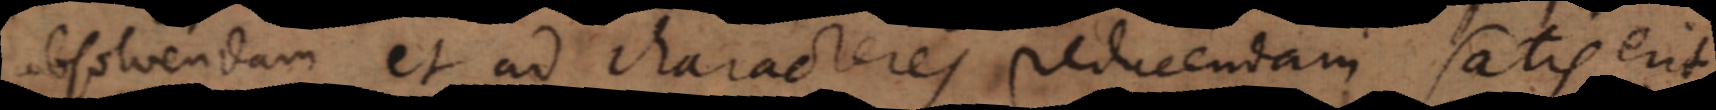
absolvendam et ad characteres reducendam satis erit,